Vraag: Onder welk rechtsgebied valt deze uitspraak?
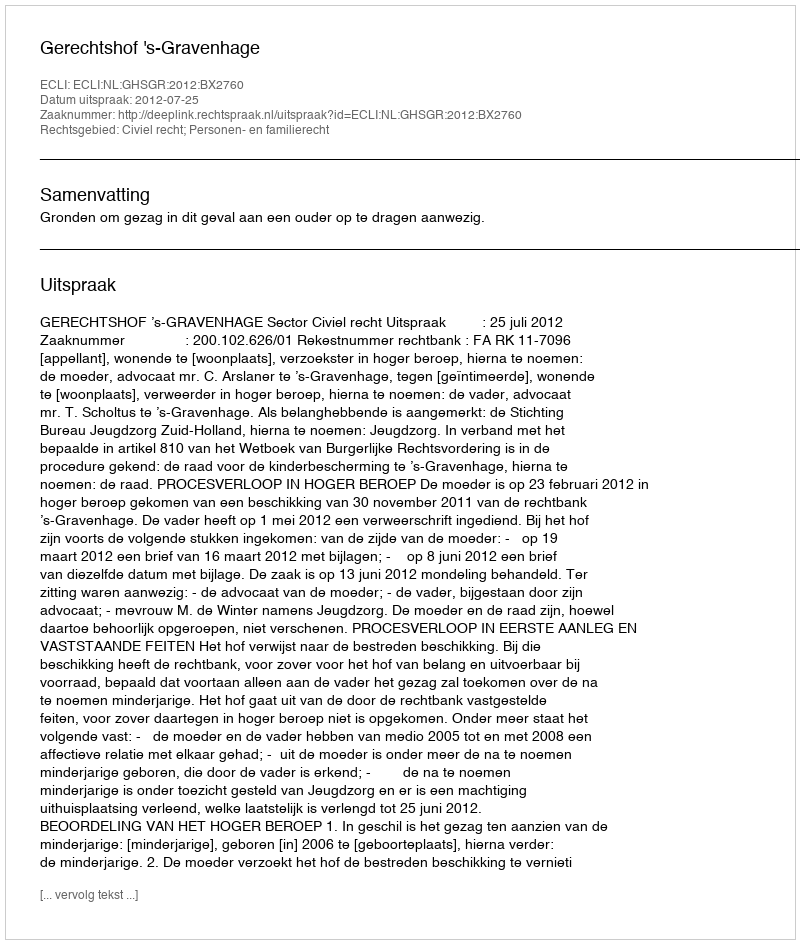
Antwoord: Civiel recht; Personen- en familierecht